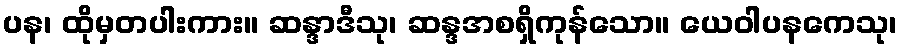
ပန၊ ထိုမှတပါးကား။ ဆန္ဒာဒီသု၊ ဆန္ဒအစရှိကုန်သော။ ယေဝါပနကေသု၊